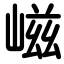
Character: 嵫